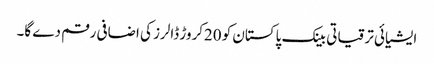
ایشیائی ترقیاتی بینک پاکستان کو 20کروڑ ڈالرز کی اضافی رقم دے گا۔